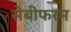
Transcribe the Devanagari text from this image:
सेबीफरम